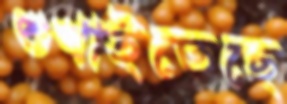
শুখাইতেছে